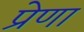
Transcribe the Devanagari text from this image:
प्रेणा